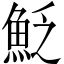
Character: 𩶟